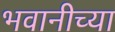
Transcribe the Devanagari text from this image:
भवानीच्या